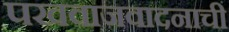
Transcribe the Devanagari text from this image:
पखवाजवादनाची